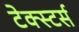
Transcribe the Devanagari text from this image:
टेक्स्टर्स